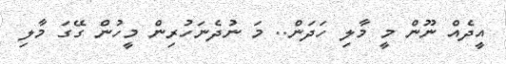
އީދެއް ނޫން މީ މާލި ހަދަން.. މަ ނުދެނަހުރިން މީހުން ގޭގަ މާލި